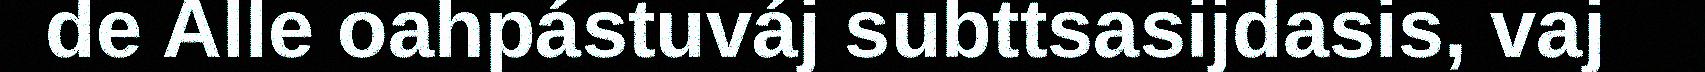
de Alle oahpástuváj subttsasijdasis, vaj